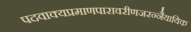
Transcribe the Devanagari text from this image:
पदवाक्यप्रमाणपारावरीणजरन्नैयायिक